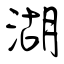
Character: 湖